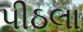
પીઠલા